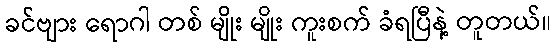
ခင်ဗျား ရောဂါ တစ် မျိုး မျိုး ကူးစက် ခံရပြီနဲ့ တူတယ်။